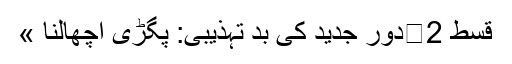
قسط 2	دور جدید کی بد تہذیبی: پگڑی اچھالنا »